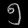
Digit: ၅